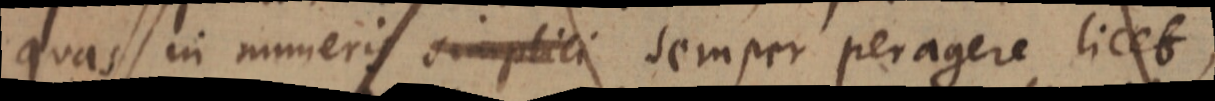
quas in numeris simplici semper peragere licet,